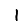
Digit: 1